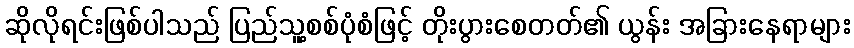
ဆိုလိုရင်းဖြစ်ပါသည် ပြည်သူ့စစ်ပုံစံဖြင့် တိုးပွားစေတတ်၏ ယွန်း အခြားနေရာများ